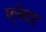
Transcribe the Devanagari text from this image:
एनेदर